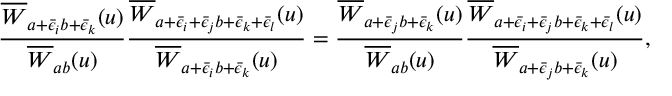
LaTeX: \frac { \overline { { { W } } } _ { a + \bar { \epsilon } _ { i } b + \bar { \epsilon } _ { k } } ( u ) } { \overline { { { W } } } _ { a b } ( u ) } \frac { \overline { { { W } } } _ { a + \bar { \epsilon } _ { i } + \bar { \epsilon } _ { j } b + \bar { \epsilon } _ { k } + \bar { \epsilon } _ { l } } ( u ) } { \overline { { { W } } } _ { a + \bar { \epsilon } _ { i } b + \bar { \epsilon } _ { k } } ( u ) } = \frac { \overline { { { W } } } _ { a + \bar { \epsilon } _ { j } b + \bar { \epsilon } _ { k } } ( u ) } { \overline { { { W } } } _ { a b } ( u ) } \frac { \overline { { { W } } } _ { a + \bar { \epsilon } _ { i } + \bar { \epsilon } _ { j } b + \bar { \epsilon } _ { k } + \bar { \epsilon } _ { l } } ( u ) } { \overline { { { W } } } _ { a + \bar { \epsilon } _ { j } b + \bar { \epsilon } _ { k } } ( u ) } ,